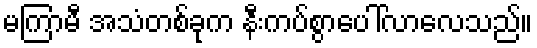
မကြာမီ အသံတစ်ခုက နီးကပ်စွာပေါ်လာလေသည်။